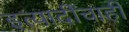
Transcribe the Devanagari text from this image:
इत्यादींचाही